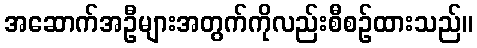
အဆောက်အဦများအတွက်ကိုလည်းစီစဉ်ထားသည်။